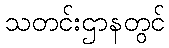
သတင်းဌာနတွင်